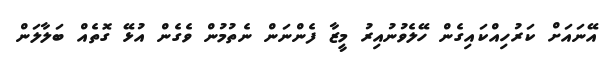
އޭނައަށް ކަރުހިއްކައިގެން ހޭލެވުނުއިރު މީޒާ ފެންނަން ނެތުމުން ވެގެން އުޅޭ ގޮތެއް ބަލާލަން